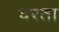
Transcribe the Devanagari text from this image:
वरता